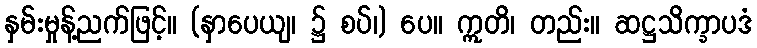
နှမ်းမှုန့်ညက်ဖြင့်။ (နှာပေယျ၊ ၌ စပ်၊) ပေ။ ဣတိ၊ တည်း။ ဆဋ္ဌသိက္ခာပဒံ